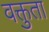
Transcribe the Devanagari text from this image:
वक्तुता